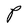
Character: P